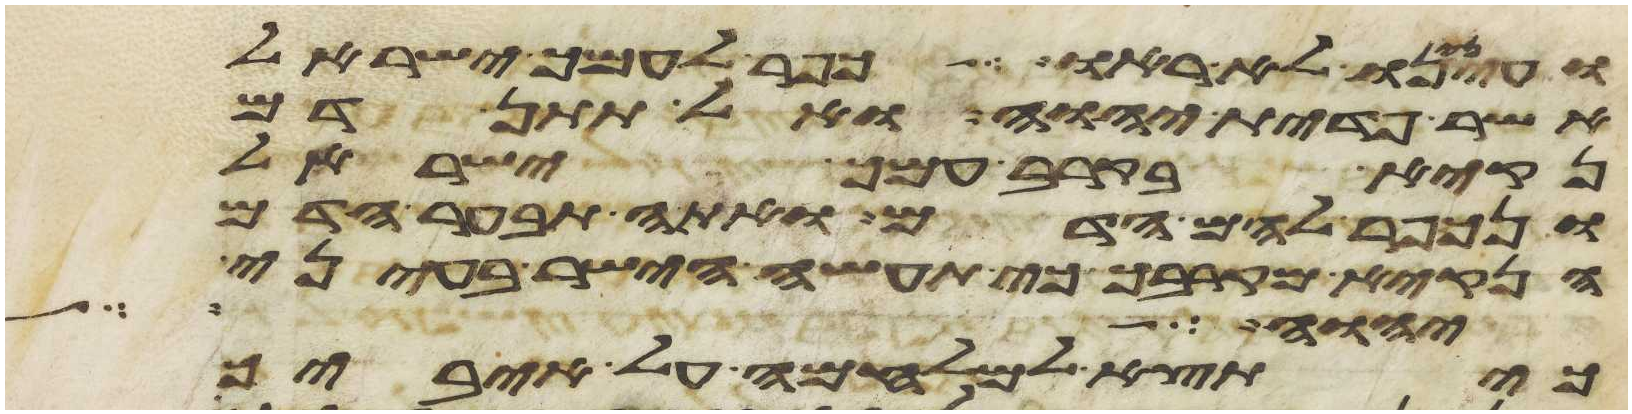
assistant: ועינינו לא ראו כפר לעמך ישראל
אשר פדית יהוה ואל תתן דם
נקיא בקרב עמך ישראל
ונכפר להם הדם ואתה תבער הדם
הנקיא מקרבך כי תעשה הישר בעיני
ליהוה שמרים לכל
כי תצא למלחמה על איביך